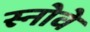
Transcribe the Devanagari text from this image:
स्नोवे